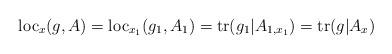
LaTeX: \begin{align*}\mathrm{loc}_{x}(g,A)=\mathrm{loc}_{x_{1}}(g_{1},A_{1})=\mathrm{tr}(g_{1}|A_{1,x_{1}})=\mathrm{tr}(g|A_{x})\end{align*}